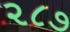
૨૮૭